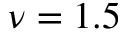
\nu = 1 . 5